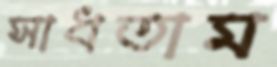
সাধতাম